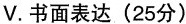
V. 书面表达(25分)